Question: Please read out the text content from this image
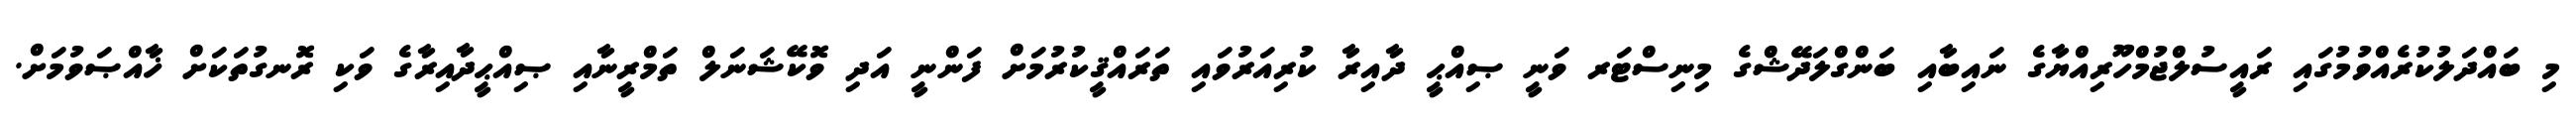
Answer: މި ބައްދަލުކުރެއްވުމުގައި ރައީސުލްޖުމްހޫރިއްޔާގެ ނައިބާއި ބަންގްލަދޭޝްގެ މިނިސްޓަރ ވަނީ ޞިއްޙީ ދާއިރާ ކުރިއަރުވައި ތަރައްޤީކުރުމަށް ފަންނީ އަދި ވޮކޭޝަނަލް ތަމްރީނާއި ޞިއްޙީދާއިރާގެ ވަކި ރޮނގުތަކަށް ޚާއްޞަވުމަށް.